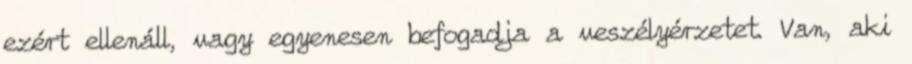
ezért ellenáll, vagy egyenesen befogadja a veszélyérzetet. Van, aki